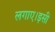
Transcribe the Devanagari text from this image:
लगाए।इसी